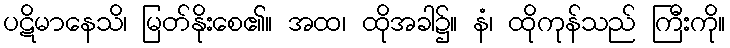
ပဋိမာနေသိ၊ မြတ်နိုးစေ၏။ အထ၊ ထိုအခါ၌။ နံ၊ ထိုကုန်သည် ကြီးကို။